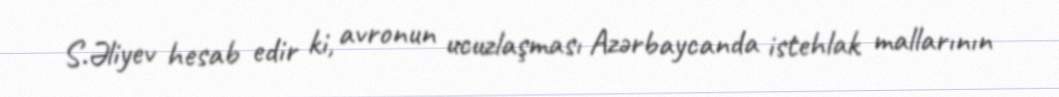
S.Əliyev hesab edir ki, avronun ucuzlaşması Azərbaycanda istehlak mallarının